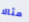
مثالا